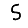
Digit: 5